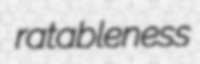
ratableness